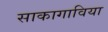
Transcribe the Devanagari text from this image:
साकागाविया